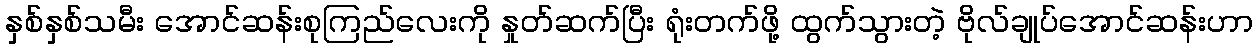
နှစ်နှစ်သမီး အောင်ဆန်းစုကြည်လေးကို နှုတ်ဆက်ပြီး ရုံးတက်ဖို့ ထွက်သွားတဲ့ ဗိုလ်ချုပ်အောင်ဆန်းဟာ